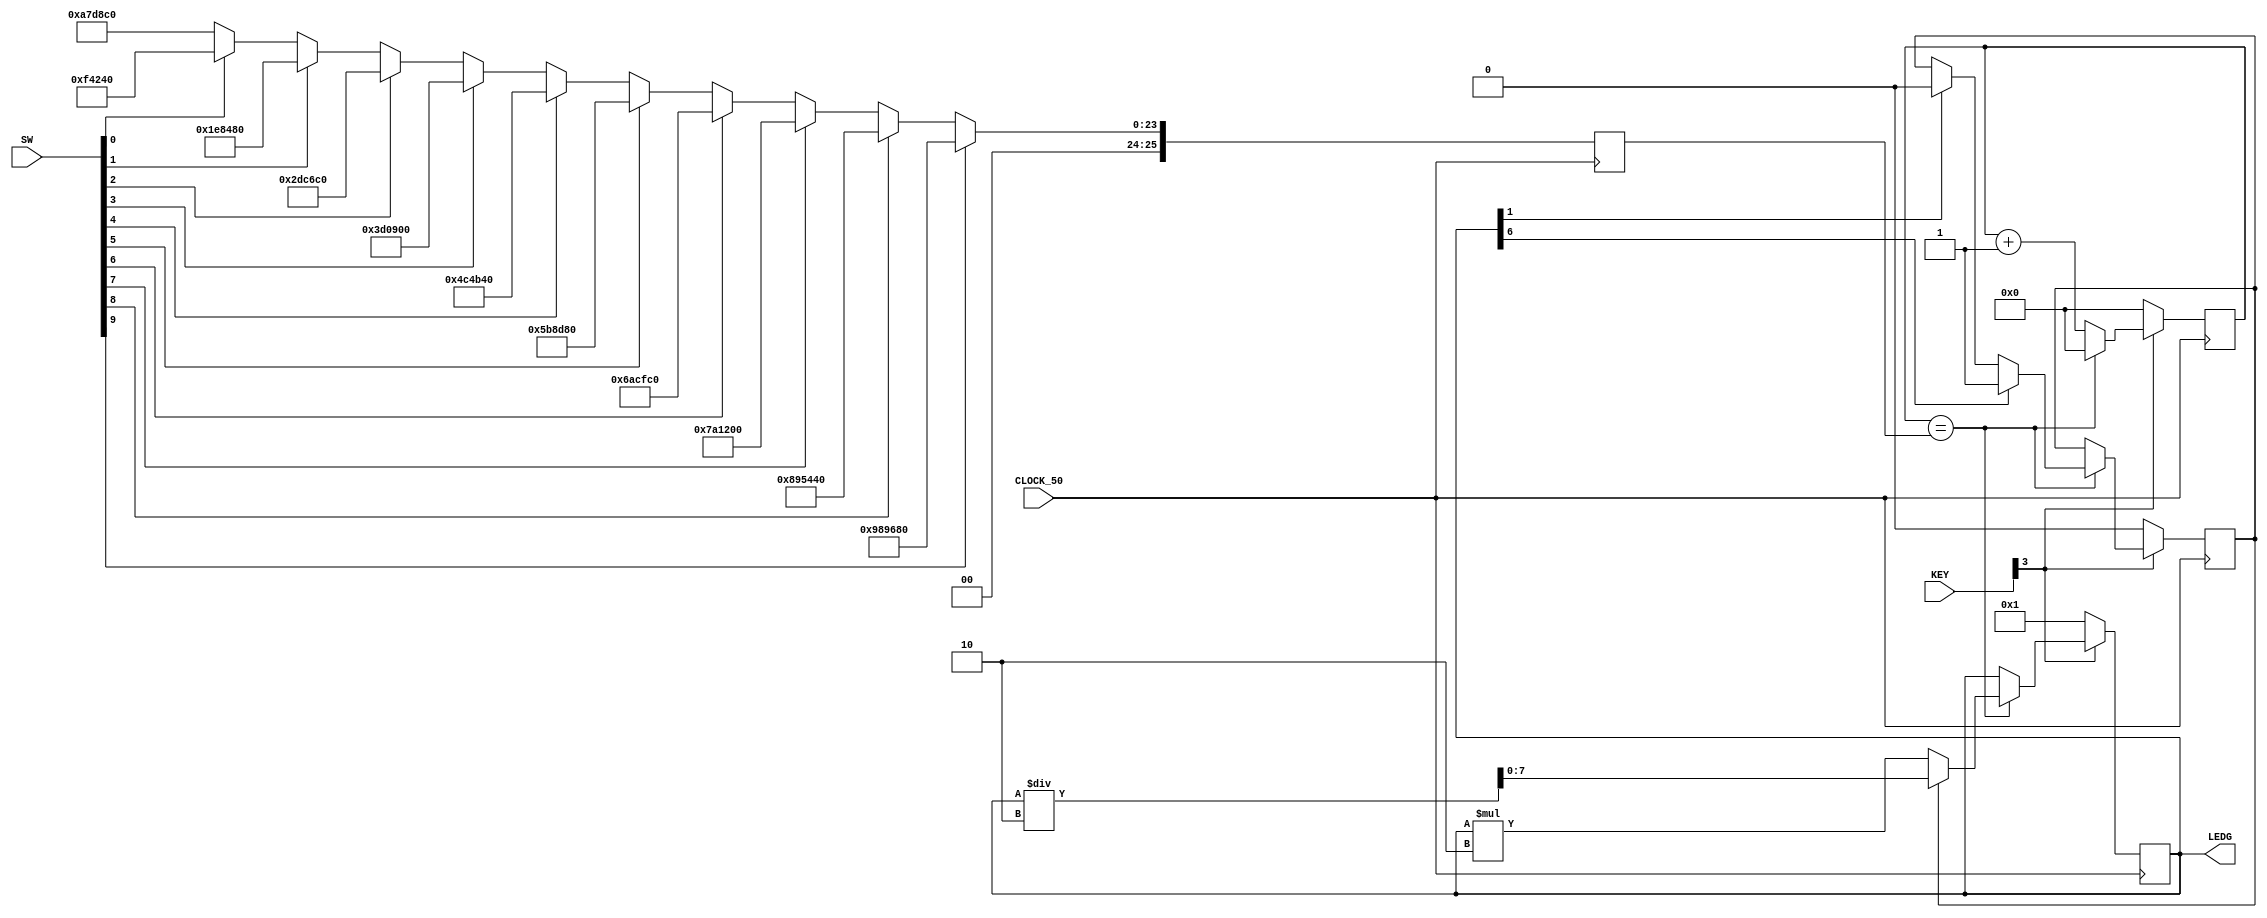
module trab2(

	input [0:3] KEY,
	input [0:9] SW,
	input CLOCK_50,
	output reg [7:0] LEDG
);

reg d;
reg [25:0] s;
reg [25:0] limite;


always @(posedge CLOCK_50) begin

	
	if ( SW[0] == 1) begin
		limite <= 10000000;
	end
	
	else if ( SW[1] == 1) begin
		limite <= 9000000;
	end
	
	else if ( SW[2] == 1) begin
		limite <= 8000000;
	end
	
	else if ( SW[3] == 1) begin
		limite <= 7000000;
	end
	
	else if ( SW[4] == 1) begin
		limite <= 6000000;
	end
	
	else if ( SW[5] == 1) begin
		limite <= 5000000;
	end
	
	else if ( SW[6] == 1) begin
		limite <= 4000000;
	end
	
	else if ( SW[7] == 1) begin
		limite <= 3000000;
	end
	
	else if ( SW[8] == 1) begin
		limite <= 2000000;
	end
	
	else if ( SW[9] == 1) begin
		limite <= 1000000;
	end
		
	else begin
		limite <= 11000000;
	end
	

	if (KEY[0] == 0) begin
		s <= 0;
		d <= 0;
		LEDG <= 1;
	end

	else begin

		if (s == limite) begin
		
			if (d == 0) begin
				LEDG <= LEDG * 2;
			end
			
			else begin
				LEDG <= LEDG / 2;
			end
			
			if (LEDG[6] == 1) d<=1;
				else if (LEDG[1] == 1) d<=0;
					s <= 0;
				end 

			else begin
				s <= s + 1;
			end


		end

	end

endmodule